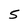
Character: 5